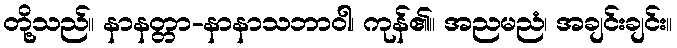
တို့သည်။ နာနတ္တာ-နာနာသဘာဝါ၊ ကုန်၏။ အညမညံ၊ အချင်းချင်း။